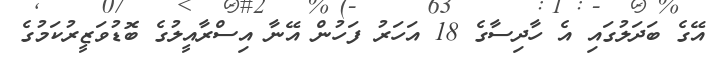
އޭގެ ބަދަލުގައި އެ ހާދިސާގެ 18 އަހަރު ފަހުން އޭނާ އިސްރާއީލުގެ ބޮޑުވަޒީރުކަމުގެ